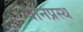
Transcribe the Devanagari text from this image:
वानप्रस्‍थ